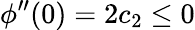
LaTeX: \phi^{\prime\prime}(0)=2c_{2}\leq 0